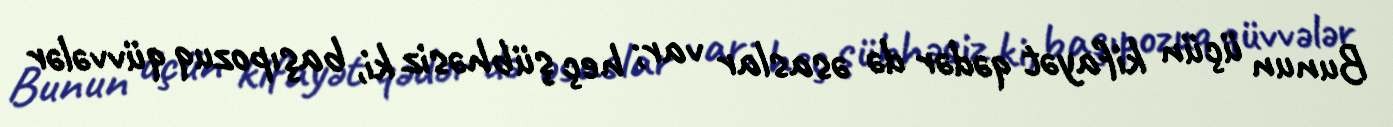
Bunun üçün kifayət qədər də əsaslar var; heç şübhəsiz ki, başıpozuq qüvvələr